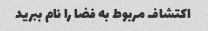
اکتشاف مربوط به فضا را نام ببرید